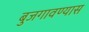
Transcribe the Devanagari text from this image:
बुजगावण्यास